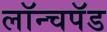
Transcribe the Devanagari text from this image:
लॉन्चपॅड